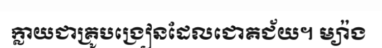
ក្លាយជាគ្រូបង្រៀនដែលជោគជ័យ។ ម្យ៉ាង